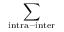
\sum _ { \mathrm { i n t r a - i n t e r } }